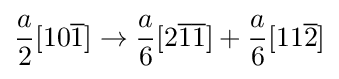
{\begin{aligned}{\frac {a}{2}}[10{\overline {1}}]\rightarrow {\frac {a}{6}}[2{\overline {1}}{\overline {1}}]+{\frac {a}{6}}[11{\overline {2}}]\end{aligned}}